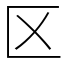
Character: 区